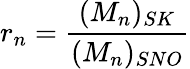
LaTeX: r_{n}=\frac{(M_{n})_{SK}}{(M_{n})_{SNO}}